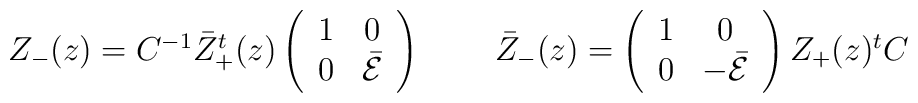
\begin{array}{cc}Z_{-}(z)=C^{-1}\bar{Z}^{t}_{+}(z)\left(\begin{array}{cc}            1&0\\      0&\bar{\cal E} \end{array}\right)~~&~~\bar{Z}_{-}(z)=\left(\begin{array}{cc}            1&0\\      0&-\bar{\cal E} \end{array}\right) Z_{+}(z){}^{t}C \end{array}